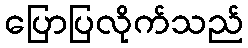
ပြောပြလိုက်သည်